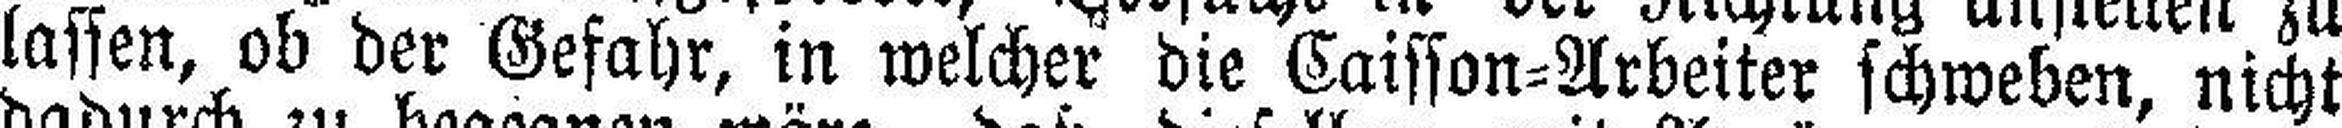
lassen, ob der Gefahr, in welcher die Caisson=Arbeiter schweben, nicht